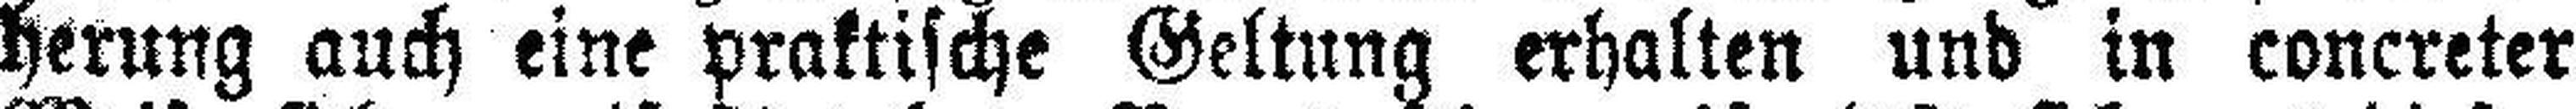
herung auch eine praktische Geltung erhalten und in concreter